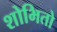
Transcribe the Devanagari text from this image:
शोभितो